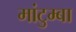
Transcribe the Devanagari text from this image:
मांटुम्बा